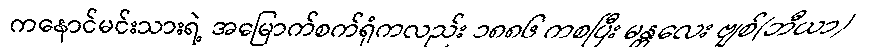
ကနောင်မင်းသားရဲ့ အမြောက်စက်ရုံကလည်း ၁၈၈၆ ကစပြီး မန္တလေး ဗျစ်(ဘီယာ)